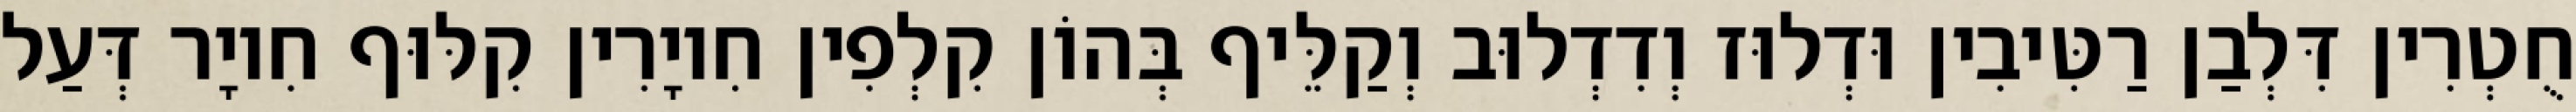
חֻטְרִין דִּלְבַן רַטִּיבִין וּדְלוּז וְדִדְלוּב וְקַלֵּיף בְּהוֹן קִלְפִין חִיוָרִין קִלּוּף חִיוָר דְּעַל